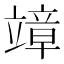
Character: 𥪮